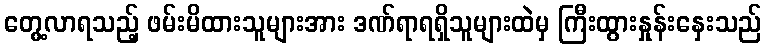
တွေ့လာရသည့် ဖမ်းမိထားသူများအား ဒဏ်ရာရရှိသူများထဲမှ ကြီးထွားနှုန်းနှေးသည်